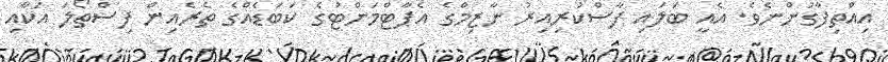
އިއްތިފާގުންނެވެ. އެއީ ބަލައި ފާސްކުރިއިރު ނާޒިމްގެ އެޕާޓްމަންޓުގެ ކަބަޑެއްގެ ތެރެއިން ފިސްތޯލަ އަކާއި